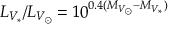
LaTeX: L _ { V _ { \ast } } / L _ { V _ { \odot } } = 1 0 ^ { 0 . 4 ( M _ { V _ { \odot } } - M _ { V _ { \ast } } ) }